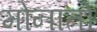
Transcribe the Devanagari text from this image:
मोनातो